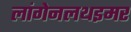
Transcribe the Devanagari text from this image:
लांगेनलथइमर